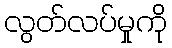
လွတ်လပ်မှုကို